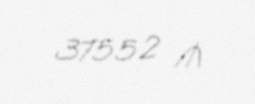
37552 ₼